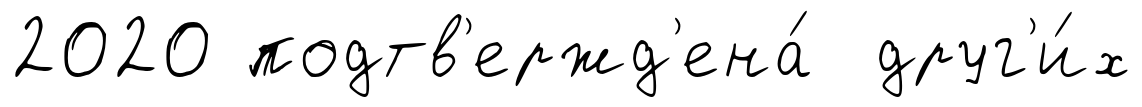
2020 подтв'ержд'ена́ друг'и́х